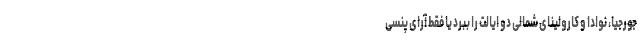
جورجیا، نوادا و کارولینای شمالی دو ایالت را ببرد یا فقط آرای پنسی